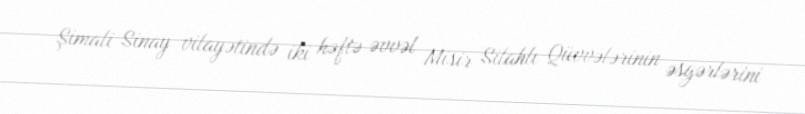
Şimali Sinay vilayətində iki həftə əvvəl Misir Silahlı Qüvvələrinin əsgərlərini